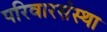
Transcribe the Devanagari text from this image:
परिवारसंस्था